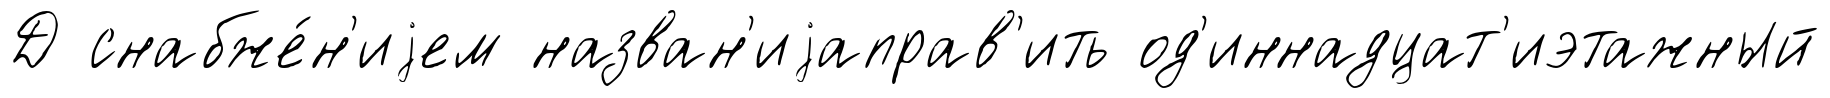
Д снабже́н'иjем назван'иjаправ'ить од'иннадцат'иэтажный